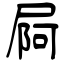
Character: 屙